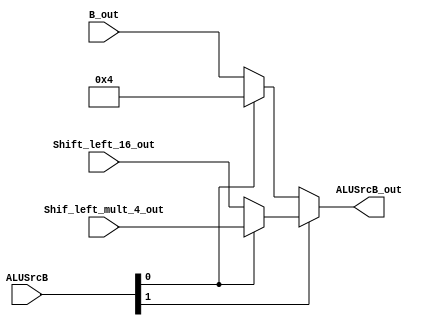
module alu_src_b (
    input   wire    [1:0]   ALUSrcB,
    input   wire    [31:0]  B_out,
    input   wire    [31:0]  Shift_left_16_out,
    input   wire    [31:0]  Shif_left_mult_4_out,
    output  wire    [31:0]  ALUSrcB_out
);

    wire [31:0] aux1;
    wire [31:0] aux2;

    assign aux1 = (ALUSrcB[0]) ? 32'd4 : B_out;
    assign aux2 = (ALUSrcB[0]) ? Shif_left_mult_4_out : Shift_left_16_out;
    assign ALUSrcB_out = (ALUSrcB[1]) ? aux2 : aux1;

endmodule